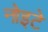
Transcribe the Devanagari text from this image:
नोइटे